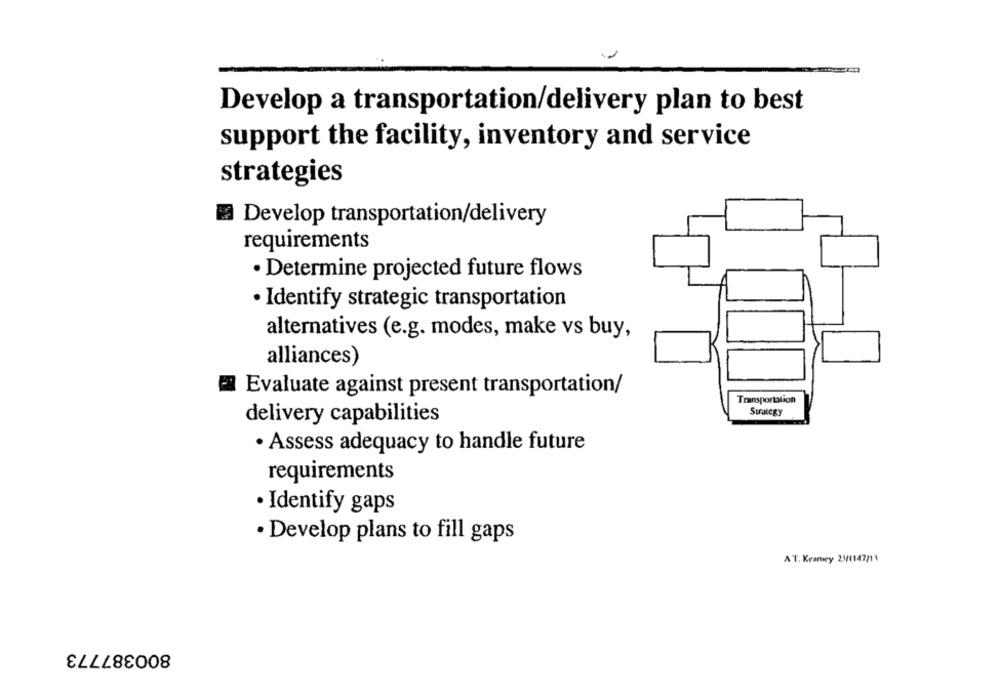
Develop a transportation/delivery plan to best
support the facility, inventory and service
strategies
Develop transportation/delivery
requirements
· Determine projected future flows
· Identify strategic transportation
alternatives (e.g. modes, make vs buy,
alliances)
Evaluate against present transportation/
Transportation
Strategy
delivery capabilities
· Assess adequacy to handle future
requirements
· Identify gaps
· Develop plans to fill gaps
AT. Kearney 23/1147/11
800387773